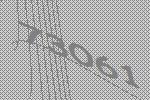
73061